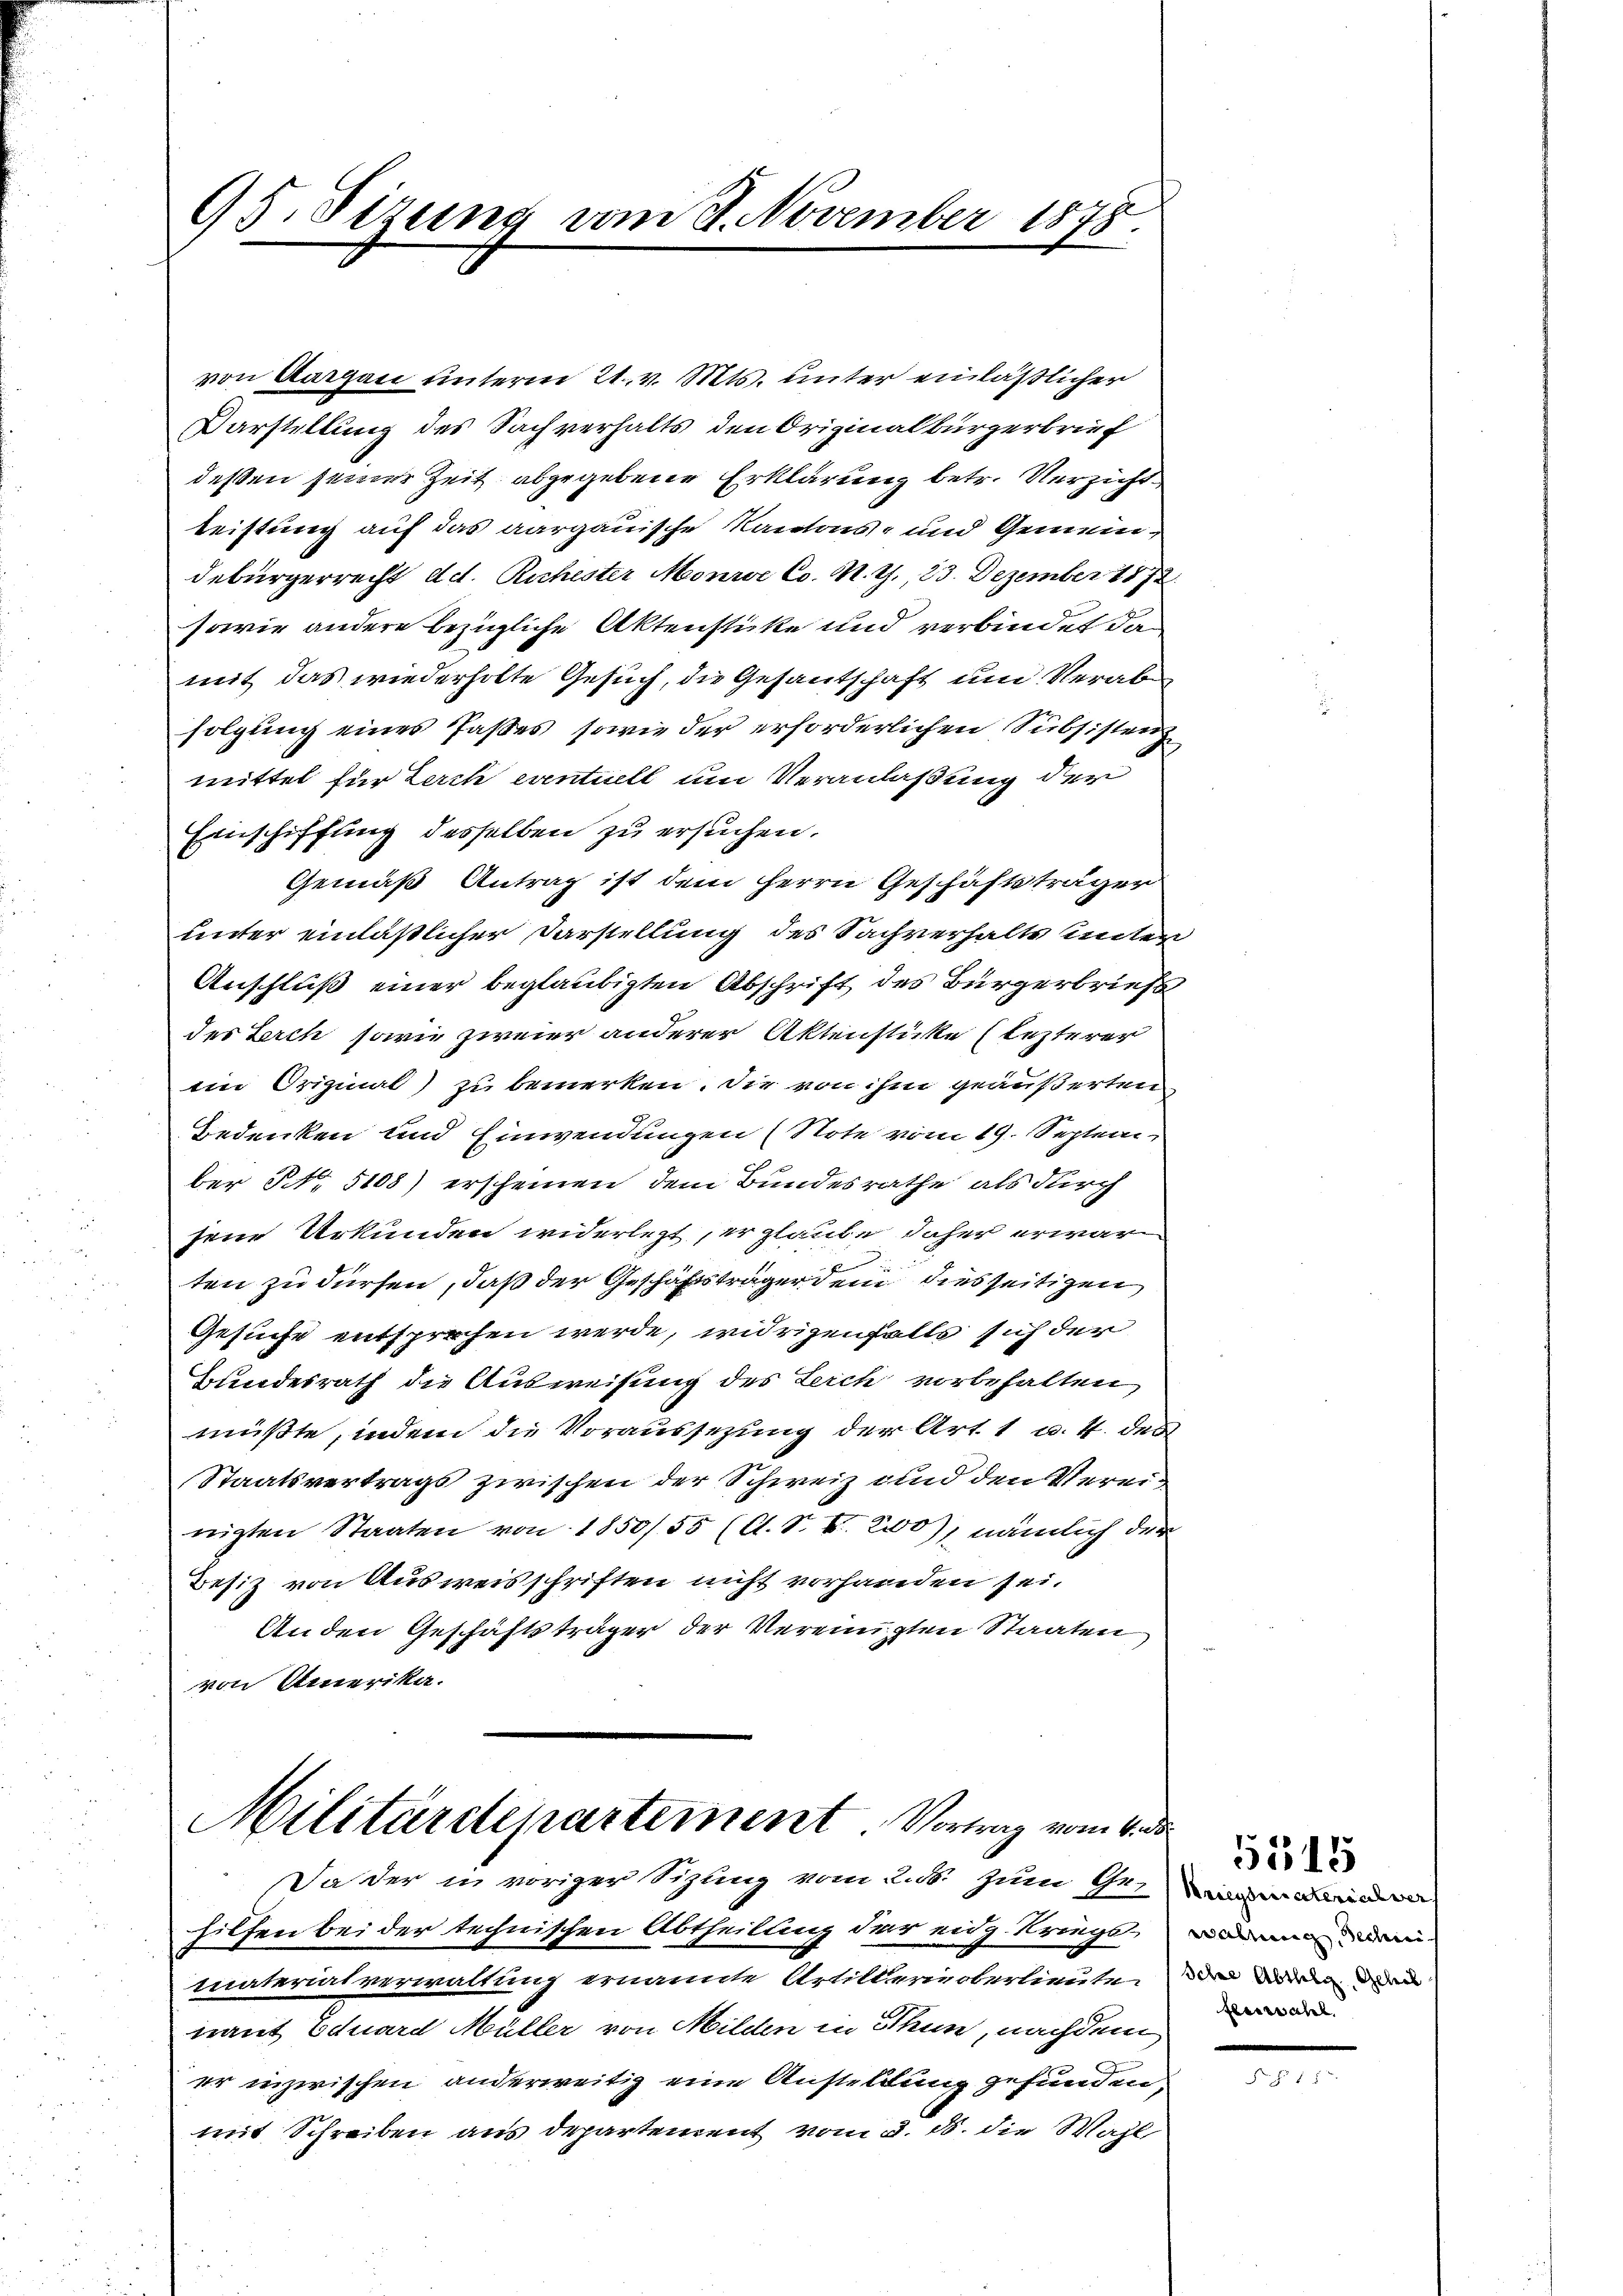
95. Dizung vom 8. November 1878.

von Aargau unterm 21. v. Mts. unter einläßlicher
Darstellung des Sachverhalts den Originalbürgerbrief
deßen seiner Zeit abgegebene Erklärung betr. Verzicht¬
Leistung auf das aargauische Kantons- und Gemeindebürgerrecht dd. Ruchester Monroc Co. M. J., 23. Dezember 1872
sowie andere bezügliche Aktenstücke und verbindet da
mit das wiederholte Gesuch, die Gesantschaft und Verabfolgung eines Paßes, sowie der erforderlichen Subsisten
mittel für Lerch eventuell um Veranlaßung der
Einschiffung desselben zu ersuchen.
Gemäß Antrag ist dem Herrn Geschäftsträger
unter einläßlicher Darstellung des Sachverhalts unter
Anschluß einer beglaubigten Abschrift des Bürgerbriefs
des Lerch, sowie zweier anderer Aktenstücke (letzterer
eim Original) zu bemerken. Die von ihm geäußerten
Bedenken und Einwendungen (Note vom 19. September No. 5108) erscheinen dem Bundesrathe als durch
jene Urkunden widerlegt, er glaube daher erwarten zu dürfen, daß der Geschäftsträger dem dies seitigen
Gesuche entsprechen werde, widrigenfalls sich der
Bundesrath die Ausweisung des Leich vorbehalten
müßte, indem die Voraussezung der Art. 1 u. 4. des
Staatsvertrags zwischen der Schweiz und den Vereinigten Staaten von 1850/55 (O. S. B. 200, nämlich der
Besitz von Ausweisschriften nicht vorhanden sei.
Anden Geschäftsträger der Vereinigten Staaten
von Amerika.

Militärdepartement Vortrag vom 4. de
Da der in voriger Sitzung vom 2. ds. zum Ge

hilfen bei der technischen Abtheilung der eidg. Kriegsmaterialverwaltung ernannte Artillerin oberlieute
nant Eduard Müller von Milden in Thun, nachdem
er inzwischen anderweitig eine Anstellung gefunden
mit Schreiben aus departement vom 3. d. die Wahl

wahrung, Technei
Iche Abthlg., Gelieb
fleiratel

5515